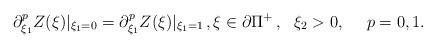
LaTeX: \begin{align*}\partial^{p}_{\xi_{1}}Z(\xi)\arrowvert_{\xi_{1}=0} =\partial^{p}_{\xi_1}Z(\xi)\arrowvert_{\xi_{1}=1}\, ,\xi \in \partial\Pi^{+} \, , \ \ \xi_2>0 , \ \ \ \ p=0, 1.\end{align*}